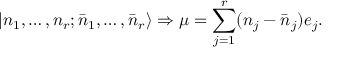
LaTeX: | n _ { 1 } , \ldots , n _ { r } ; \bar { n } _ { 1 } , \ldots , \bar { n } _ { r } \rangle \Rightarrow \mu = \sum _ { j = 1 } ^ { r } ( n _ { j } - \bar { n } _ { j } ) e _ { j } .